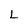
Character: L